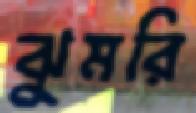
ঝুমরি